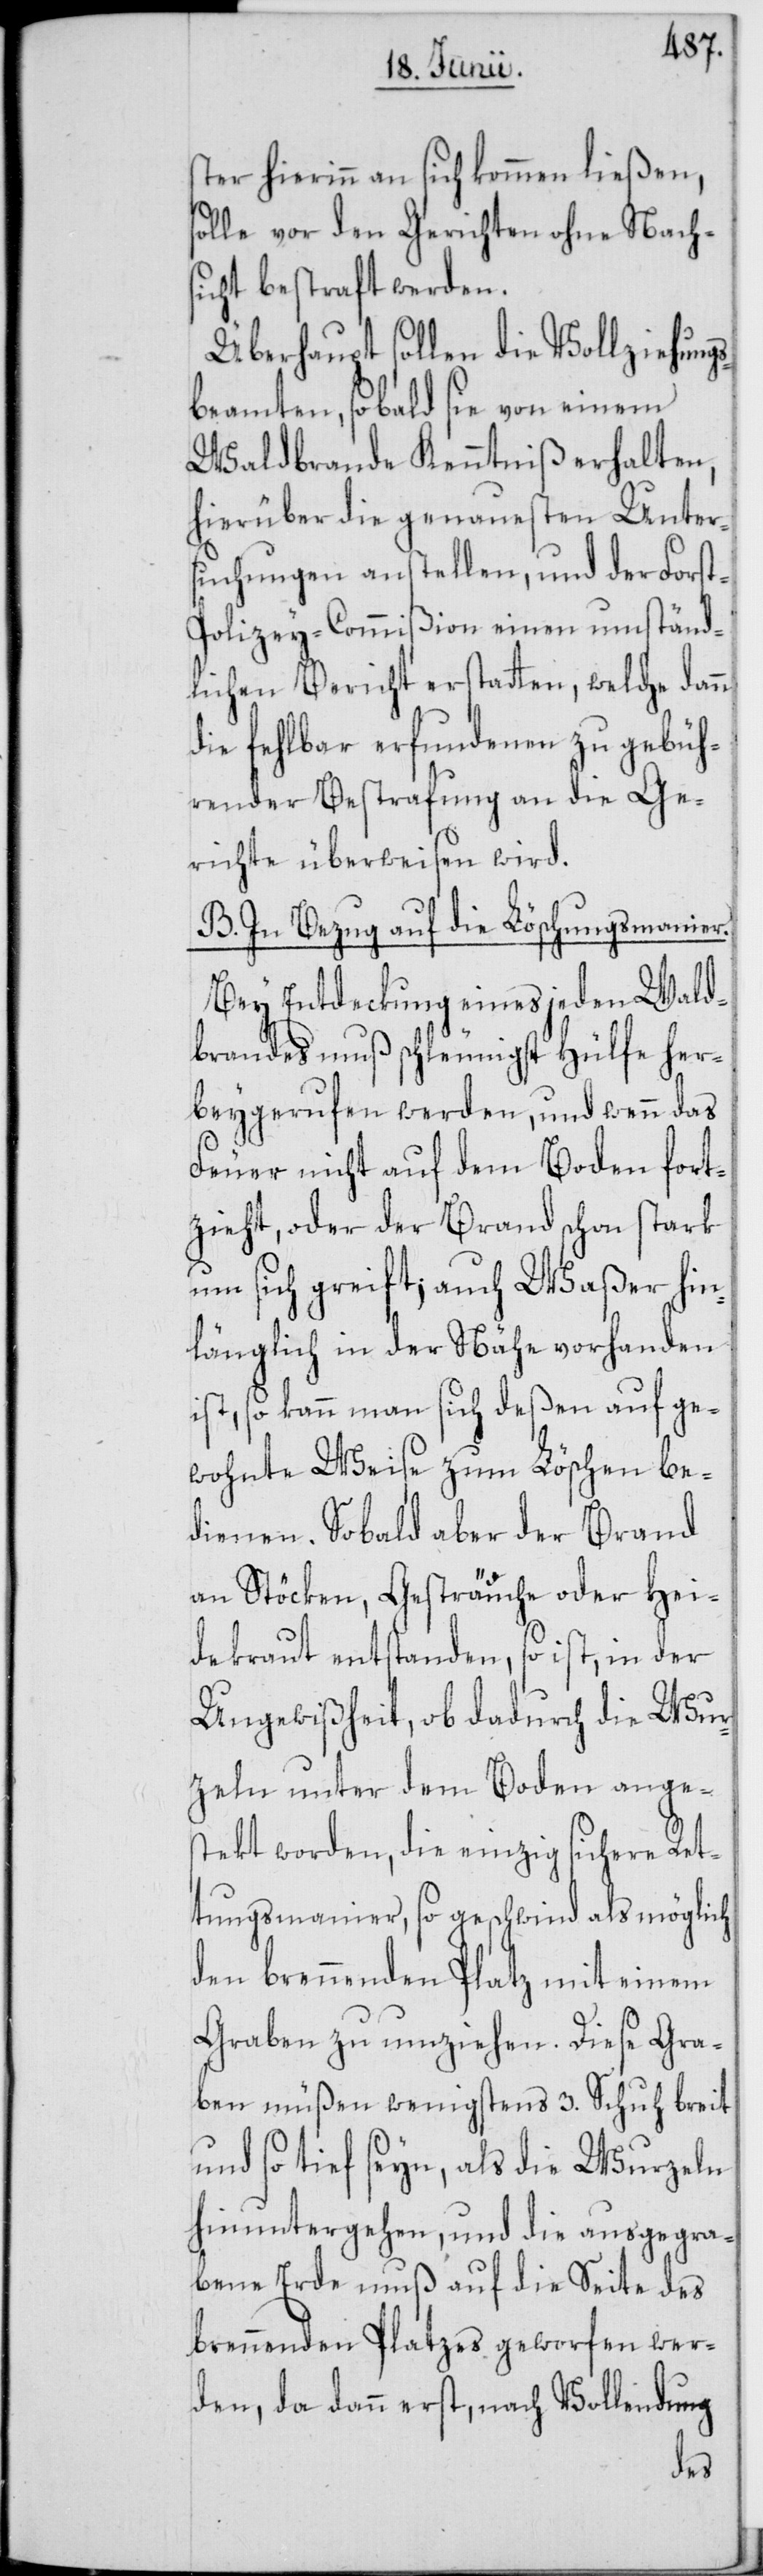
ster hierinn an sich kommen ließen,
solle vor den Gerichten ohne Nachs¬
icht bestraft werden.
Überhaupt sollen die Vollziehungs¬
beamten, sobald sie von einem
Waldbrande Kenntniß erhalten,
hierüber die genauesten Unter¬
suchungen anstellen, und der Fors¬
t-Polizey-Commißion einen umständ¬
lichen Bericht erstatten, welche dann
die fehlbar erfundenen zu gebüh¬
render Bestrafung an die Ge¬
richte überweisen wird.
B. In Bezug auf die Löschungsmanier.
Bey Entdeckung eines jeden Wald¬
brandes muß schleunigst Hülfe her¬
beygerufen werden, und wenn das
Feuer nicht auf dem Boden fort¬
zieht, oder der Brand schon stark
um sich greift; auch Waßer hin¬
länglich in der Nähe vorhanden
ist, so kann man sich deßen auf ge¬
wohnte Weise zum Löschen be¬
dienen. Sobald aber der Brand
an Stöcken, Gesträuche oder Hei¬
dekraut entstanden, so ist, in der
Ungewißheit, ob dadurch die Wur¬
zeln unter dem Boden anges¬
tekt worden, die einzig sichere Ret¬
tungsmanier, so geschwind als möglich
den brennenden Platz mit einem
Graben zu umziehen. Diese Gra¬
ben müßen wenigstens 3. Schuh breit
und so tief seyn, als die Wurzeln
hinuntergehen, und die ausgegra¬
bene Erde muß auf die Seite des
brennenden Platzes geworfen wer¬
den, da dann erst, nach Vollendung